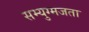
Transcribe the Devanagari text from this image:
सम्युग्मजता